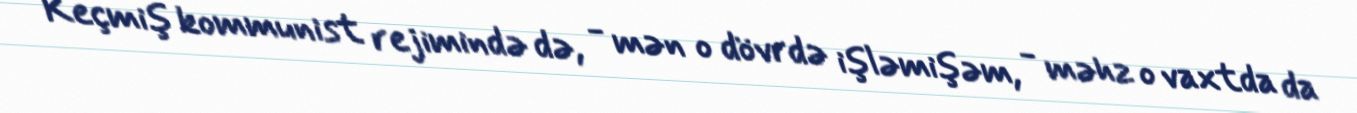
Keçmiş kommunist rejimində də, - mən o dövrdə işləmişəm, - məhz o vaxtda da